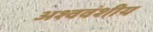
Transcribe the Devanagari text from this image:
अश्ववंशीय